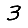
Digit: 3